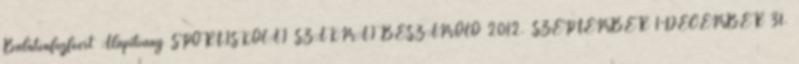
Balatonfűzfőért Alapítvány SPORTISKOLAI SZAKMAI BESZÁMOLÓ 2012. SZEPTEMBER 1-DECEMBER 31.